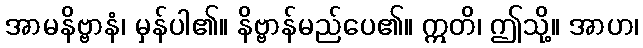
အာမနိဗ္ဗာနံ၊ မှန်ပါ၏။ နိဗ္ဗာန်မည်ပေ၏။ ဣတိ၊ ဤသို့။ အာဟ၊